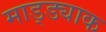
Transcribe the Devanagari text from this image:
माड्ड्याक